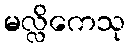
မလ္လိကေသု